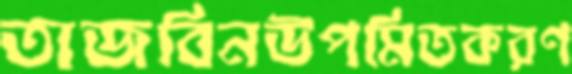
তাজবিনউপমিতকরণ